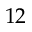
1 2